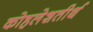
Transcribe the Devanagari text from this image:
कोहलेशतीर्थ